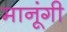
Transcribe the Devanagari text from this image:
मानूंगी